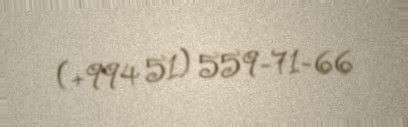
(+994 51) 559-71-66